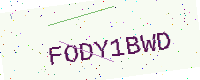
Text: FODY1BWD